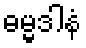
ဓမ္မဒါနံ